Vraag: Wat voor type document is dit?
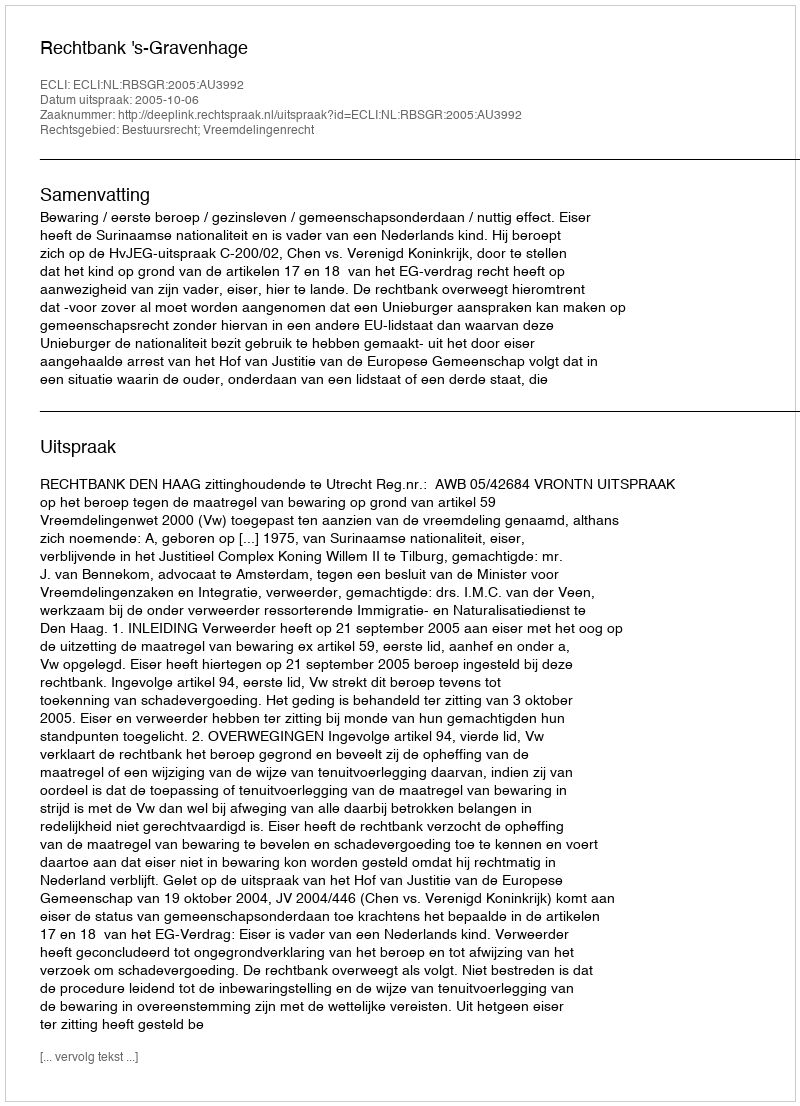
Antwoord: Uitspraak